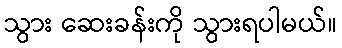
သွား ဆေးခန်းကို သွားရပါမယ်။